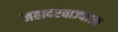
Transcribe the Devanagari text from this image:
महादरवाज्याला